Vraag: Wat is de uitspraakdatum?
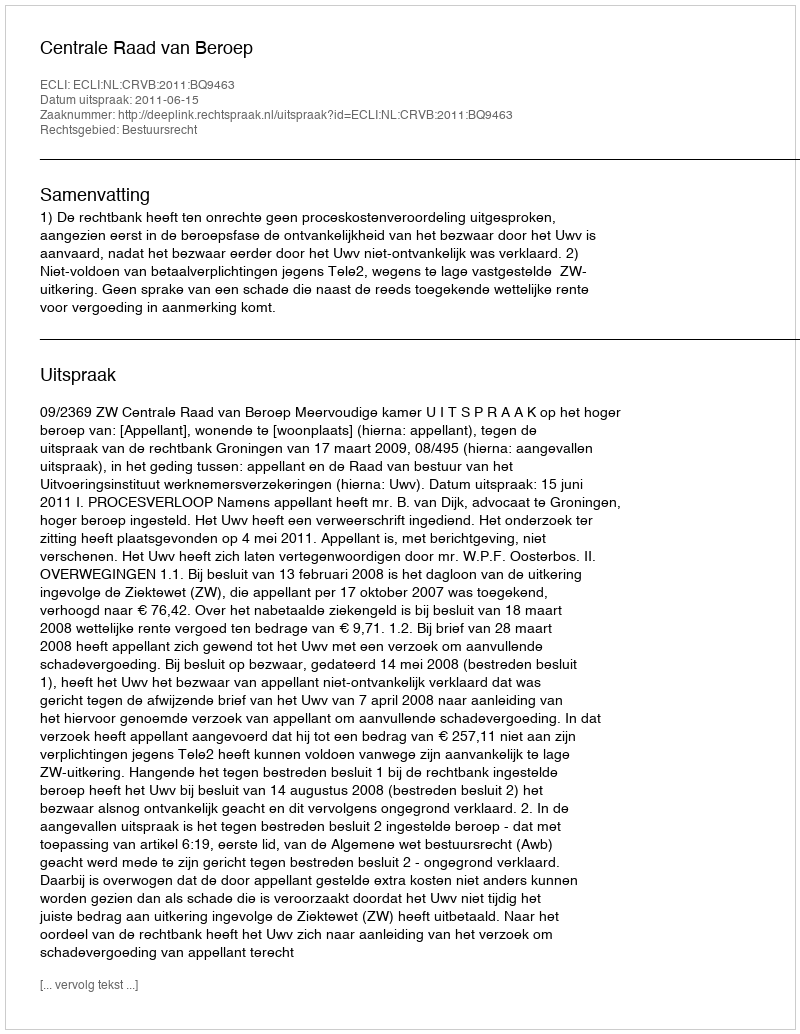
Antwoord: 2011-06-15